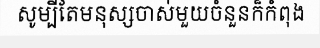
សូម្បីតែមនុស្សចាស់មួយចំនួនក៏កំពុង